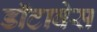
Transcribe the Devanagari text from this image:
डॉटाबेस